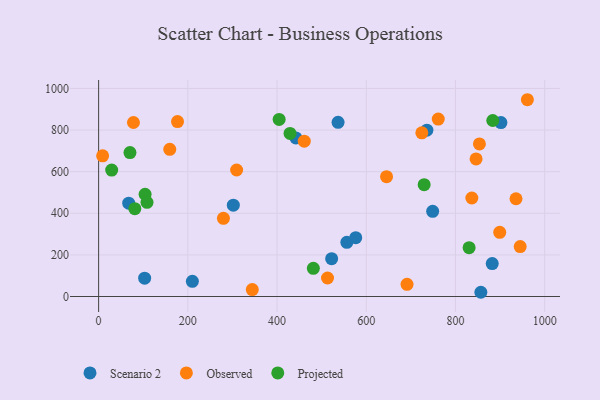
{"axis": {"x": "Ad Spend", "y": "Profit"}, "legend": ["Observed", "Projected", "Scenario 2"], "data": [{"x": "103.2", "y": 88.1, "type": "Scenario 2"}, {"x": "748.9", "y": 409.6, "type": "Scenario 2"}, {"x": "67.5", "y": 448.8, "type": "Scenario 2"}, {"x": "536.8", "y": 837.4, "type": "Scenario 2"}, {"x": "302.0", "y": 439.0, "type": "Scenario 2"}, {"x": "522.4", "y": 181.9, "type": "Scenario 2"}, {"x": "882.4", "y": 158.1, "type": "Scenario 2"}, {"x": "556.5", "y": 260.5, "type": "Scenario 2"}, {"x": "901.9", "y": 835.9, "type": "Scenario 2"}, {"x": "576.4", "y": 282.6, "type": "Scenario 2"}, {"x": "210.2", "y": 72.8, "type": "Scenario 2"}, {"x": "856.9", "y": 20.3, "type": "Scenario 2"}, {"x": "442.3", "y": 762.5, "type": "Scenario 2"}, {"x": "735.9", "y": 799.6, "type": "Scenario 2"}, {"x": "78.1", "y": 836.4, "type": "Observed"}, {"x": "309.4", "y": 608.2, "type": "Observed"}, {"x": "9.0", "y": 676.1, "type": "Observed"}, {"x": "961.2", "y": 945.9, "type": "Observed"}, {"x": "176.9", "y": 840.8, "type": "Observed"}, {"x": "846.2", "y": 661.3, "type": "Observed"}, {"x": "279.8", "y": 376.0, "type": "Observed"}, {"x": "645.5", "y": 576.1, "type": "Observed"}, {"x": "691.4", "y": 58.6, "type": "Observed"}, {"x": "836.7", "y": 473.4, "type": "Observed"}, {"x": "159.5", "y": 707.3, "type": "Observed"}, {"x": "344.5", "y": 33.3, "type": "Observed"}, {"x": "899.2", "y": 308.4, "type": "Observed"}, {"x": "761.4", "y": 852.9, "type": "Observed"}, {"x": "853.7", "y": 733.4, "type": "Observed"}, {"x": "461.0", "y": 746.7, "type": "Observed"}, {"x": "945.1", "y": 239.9, "type": "Observed"}, {"x": "935.7", "y": 469.8, "type": "Observed"}, {"x": "513.2", "y": 89.0, "type": "Observed"}, {"x": "724.6", "y": 786.6, "type": "Observed"}, {"x": "104.2", "y": 491.4, "type": "Projected"}, {"x": "70.3", "y": 691.9, "type": "Projected"}, {"x": "830.6", "y": 234.9, "type": "Projected"}, {"x": "29.3", "y": 607.5, "type": "Projected"}, {"x": "81.2", "y": 422.3, "type": "Projected"}, {"x": "429.1", "y": 784.1, "type": "Projected"}, {"x": "729.8", "y": 537.6, "type": "Projected"}, {"x": "883.6", "y": 846.0, "type": "Projected"}, {"x": "481.4", "y": 135.3, "type": "Projected"}, {"x": "108.5", "y": 452.5, "type": "Projected"}, {"x": "404.7", "y": 851.2, "type": "Projected"}]}